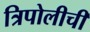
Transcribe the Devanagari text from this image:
त्रिपोलीची